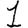
Digit: 1